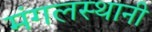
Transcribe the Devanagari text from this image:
मंगलस्थानी